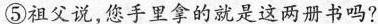
⑤祖父说，您手里拿的就是这两册书吗？